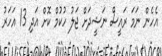
އެހެން ނަމަ ރައީސް ނަޝީދަށް ޖަލު ހުކުމް ކޮށް އަދި 13 އަހަރު